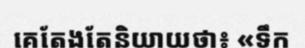
គេតែងតែនិយាយថា៖ «ទឹក